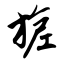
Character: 旎